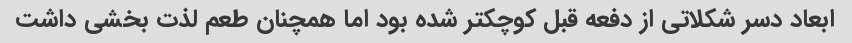
ابعاد دسر شکلاتی از دفعه قبل کوچکتر شده بود اما همچنان طعم لذت بخشی داشت